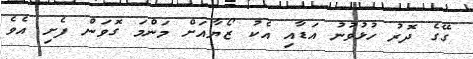
ގޭގެ ދޮރު ހުޅުވުނު އަޑާއި އެކު ޒޯޔާއަށް މަންމަ ގޮވަން ފެށި އެވެ